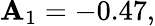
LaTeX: \mathbf{A}_{1}=-0.47,